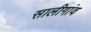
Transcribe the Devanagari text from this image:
सालीगांव